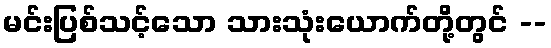
မင်းပြစ်သင့်သော သားသုံးယောက်တို့တွင် --